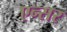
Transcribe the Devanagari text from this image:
एन्सर